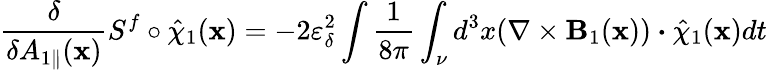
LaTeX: \frac{\delta}{\delta A_{1\parallel}(\textbf{x})}S^{f}\circ\hat{\chi}_{1}(\textbf{x})=-2\varepsilon_{\delta}^{2}\intop\frac{1}{8\pi}\int_{\nu}d^{3}x(\nabla\times\textbf{B}_{1}(\textbf{x}))\boldsymbol{\cdot}\hat{\chi}_{1}(\textbf{x})dt